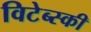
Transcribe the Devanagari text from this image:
विटेब्स्की